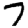
Digit: 7